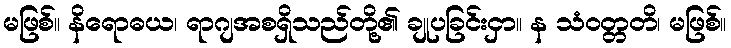
မဖြစ်။ နိရောဓယ၊ ရာဂျအစရှိသည်တို့၏ ချုပခြင်းငှာ။ န သံဝတ္တတိ၊ မဖြစ်။